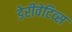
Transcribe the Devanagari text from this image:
डेरीवेटिव्स